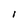
Character: l